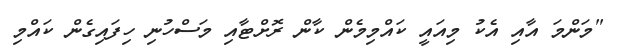
"މަންމަ އާއި އެކު މިއައީ ކައްމިމެން ކާން ރޮށްޓާއި މަސްހުނި ހިފައިގެން ކައްމި